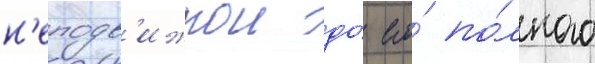
н'еподв'ижнои до́ его́ по́лного